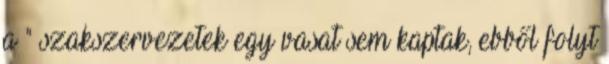
a " szakszervezetek egy vasat sem kaptak, ebből folyt